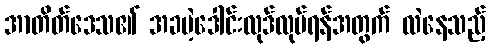
အာတိတ်ဒေသ၏ အခမဲ့ဒေါင်းလုဒ်လုပ်ရန်အတွက် လဲနေသည့်